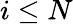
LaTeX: i\leq N